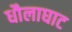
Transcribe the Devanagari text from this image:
धौलाघाट